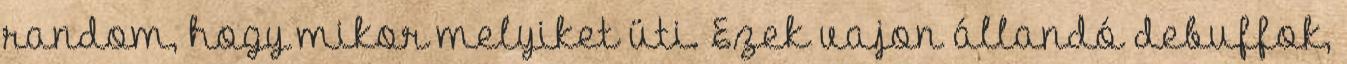
random, hogy mikor melyiket üti. Ezek vajon állandó debuffok,